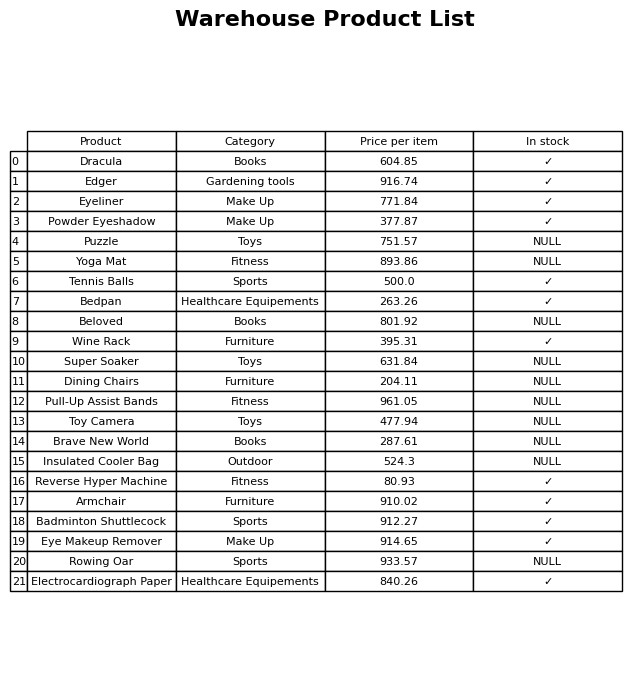
question: What is the price of the Brave New World?
answer: The price of Brave New World is 287.61.